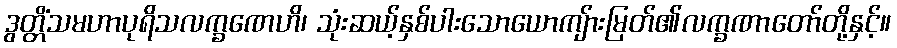
ဒွတ္တိံသမဟာပုရိသလက္ခဏေဟိ၊ သုံးဆယ့်နှစ်ပါးသောယောကျ်ားမြတ်၏လက္ခဏာတော်တို့နှင့်။